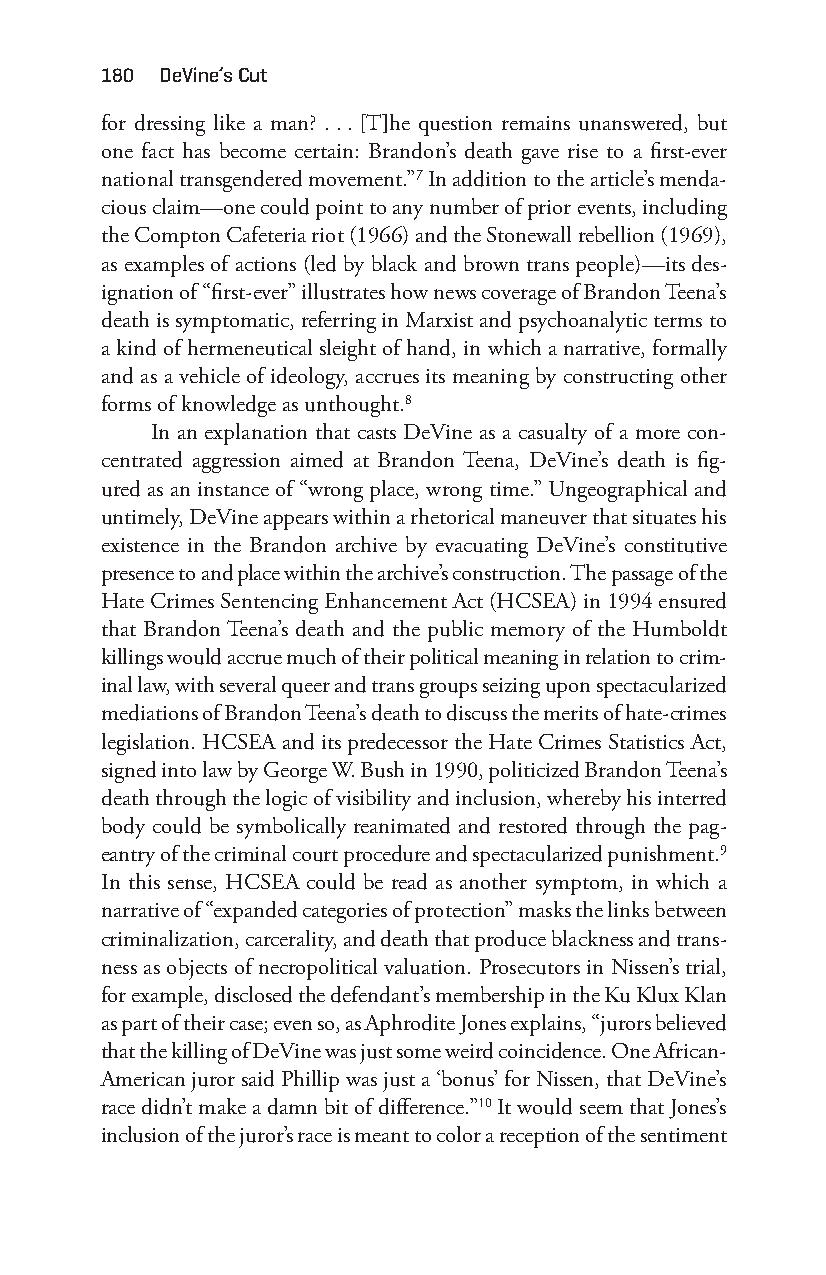
180 deVine’s cut
 for dressing like a man? . . . [T]he question remains unanswered, but
 one fact has become certain: Brandon’s death gave rise to a first-e ver
 national transgendered movement.”7 In addition to the article’s menda-
 cious claim— one could point to any number of prior events, including
 the Compton Cafeteria riot (1966) and the Stonewall rebellion (1969),
 as examples of actions (led by black and brown trans people)—i ts des-
 ignation of “first- ever” illustrates how news coverage of Brandon Teena’s
 death is symptomatic, referring in Marxist and psychoanalytic terms to
 a kind of hermeneutical sleight of hand, in which a narrative, formally
 and as a vehicle of ideology, accrues its meaning by constructing other
 forms of knowledge as unthought.8
 In an explanation that casts DeVine as a casualty of a more con-
 centrated aggression aimed at Brandon Teena, DeVine’s death is fig-
 ured as an instance of “wrong place, wrong time.” Ungeographical and
 untimely, DeVine appears within a rhetorical maneuver that situates his
 existence in the Brandon archive by evacuating DeVine’s constitutive
 presence to and place within the archive’s construction. The passage of the
 Hate Crimes Sentencing Enhancement Act (HCSEA) in 1994 ensured
 that Brandon Teena’s death and the public memory of the Humboldt
 killings would accrue much of their political meaning in relation to crim-
 inal law, with several queer and trans groups seizing upon spectacularized
 mediations of Brandon Teena’s death to discuss the merits of hate- crimes
 legislation. HCSEA and its predecessor the Hate Crimes Statistics Act,
 signed into law by George W. Bush in 1990, politicized Brandon Teena’s
 death through the logic of visibility and inclusion, whereby his interred
 body could be symbolically reanimated and restored through the pag-
 eantry of the criminal court procedure and spectacularized punishment.9
 In this sense, HCSEA could be read as another symptom, in which a
 narrative of “expanded categories of protection” masks the links between
 criminalization, carcerality, and death that produce blackness and trans-
 ness as objects of necropolitical valuation. Prosecutors in Nissen’s trial,
 for example, disclosed the defendant’s membership in the Ku Klux Klan
 as part of their case; even so, as Aphrodite Jones explains, “jurors believed
 that the killing of DeVine was just some weird coincidence. One African-
 American juror said Phillip was just a ‘bonus’ for Nissen, that DeVine’s
 race didn’t make a damn bit of difference.”10 It would seem that Jones’s
 inclusion of the juror’s race is meant to color a reception of the sentiment
 Snorton.indd 180                            29/09/2017 8:41:09 AM